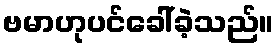
ဗမာဟုပင်ခေါ်ခဲ့သည်။